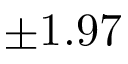
\pm 1 . 9 7